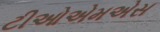
ટીઓએમએસ